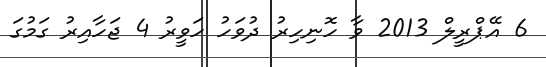
6 އޭޕްރީލް 2013 ވާ ހޮނިހިރު ދުވަހު ހަވީރު 4 ޖަހާއިރު ގަމުގަ